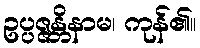
ဥပ္ပဇ္ဇန္တိနာမ၊ ကုန်၏။